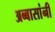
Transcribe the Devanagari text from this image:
अब्बासांनी